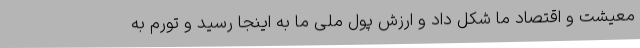
معیشت و اقتصاد ما شکل داد و ارزش پول ملی ما به اینجا رسید و تورم به